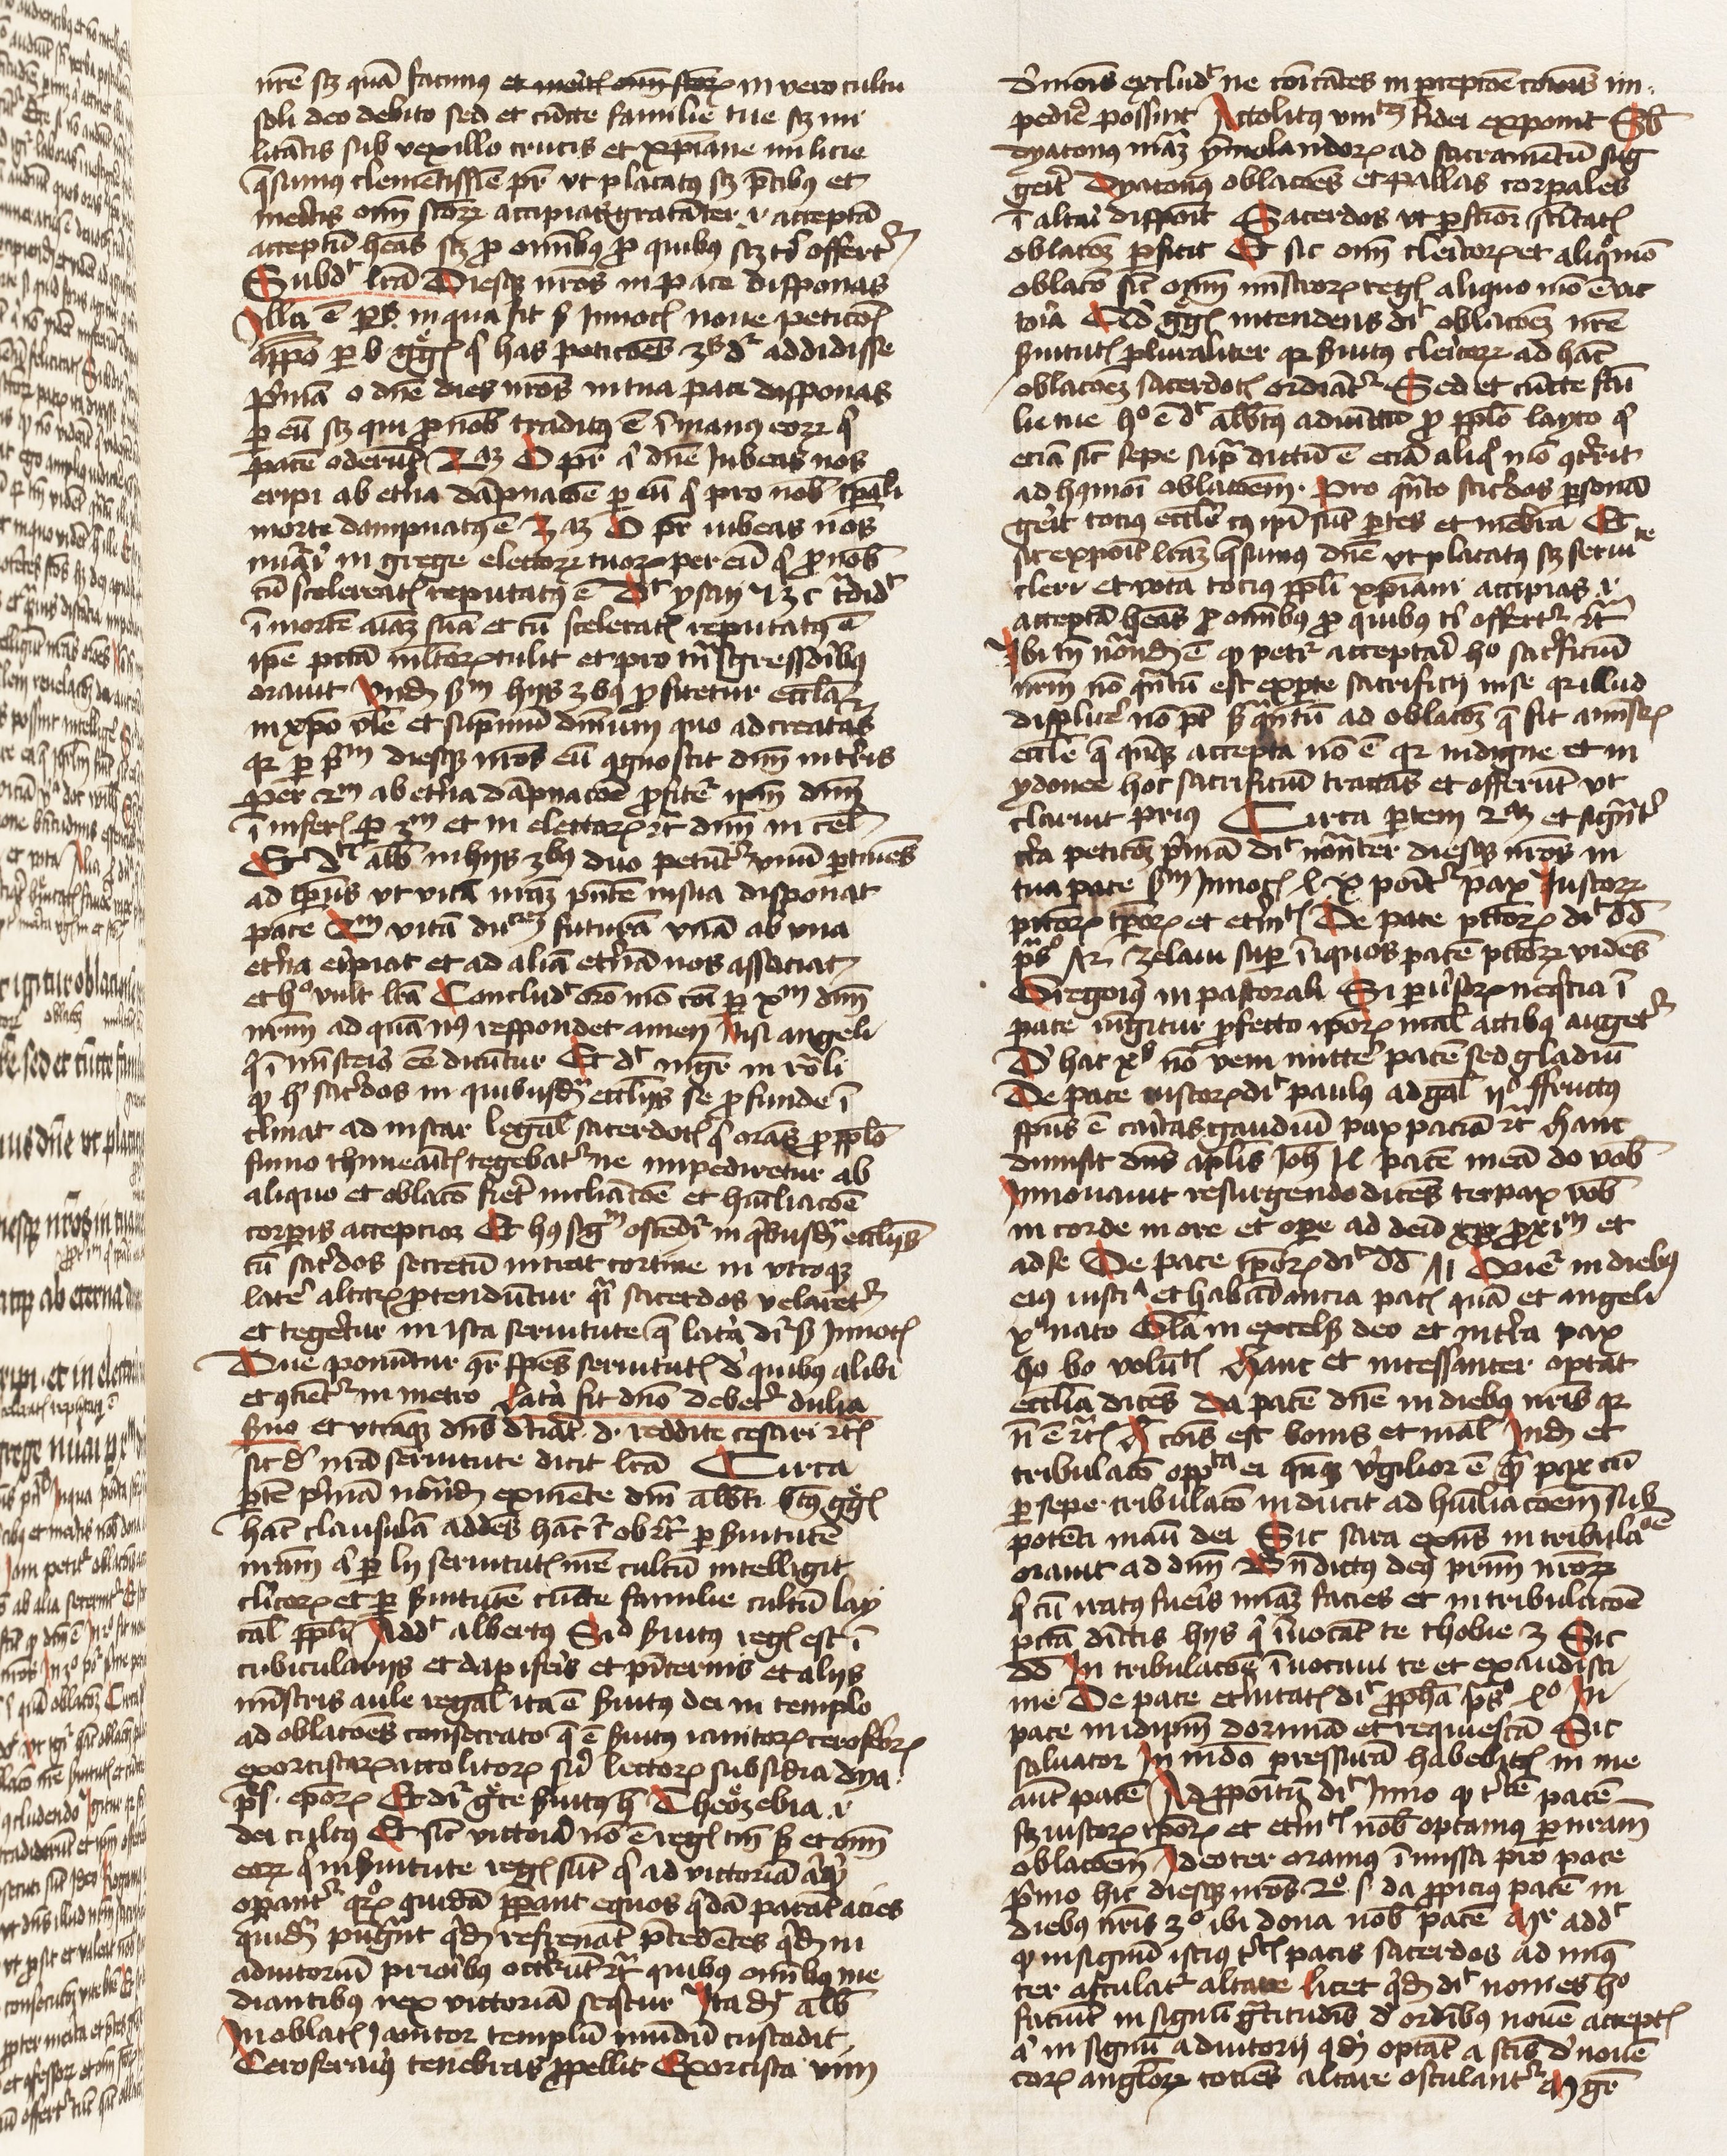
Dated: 1425–1474